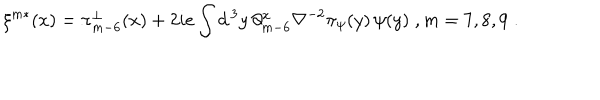
\xi ^ { m * } ( x ) = \pi _ { m - 6 } ^ { \perp } ( x ) + 2 i e \int d ^ { \, 3 } y \, \partial _ { m - 6 } ^ { x } \nabla ^ { - 2 } \pi _ { \psi } ( y ) \, \psi ( y ) \; , m = 7 , 8 , 9 \; .